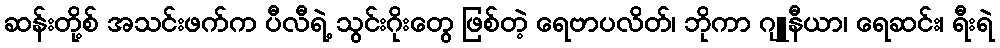
ဆန်းတို့စ် အသင်းဖက်က ပီလီရဲ့ သွင်းဂိုးတွေ ဖြစ်တဲ့ ရေဗာပလိတ်၊ ဘိုကာ ဂျူနီယာ၊ ရေဆင်း၊ ရီးရဲ